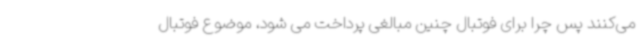
می‌کنند پس چرا برای فوتبال چنین مبالغی پرداخت می شود، موضوع فوتبال